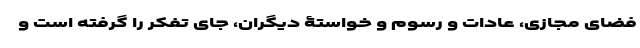
فضای مجازی، عادات و رسوم و خواستۀ دیگران، جای تفکر را گرفته است و